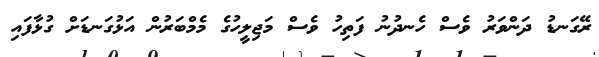
ރޭގަނޑު ދަންވަރު ވެސް ހެނދުނު ފަތިހު ވެސް މަޖިލީހުގެ މެމްބަރުން އަޅުގަނޑަށް ގުޅާފައި